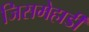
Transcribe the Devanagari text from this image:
जिसमेहार्डी